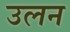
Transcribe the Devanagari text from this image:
उलन